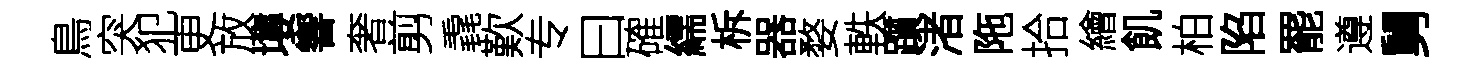
鳥突犯更放塿響奢剪毳歎专曰確繻柝器婺軼躓渚陁拾繪飢柏陷罷遵舅